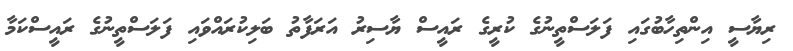
ރިޔާސީ އިންތިހާބުގައި ފަލަސްތީނުގެ ކުރީގެ ރައީސް ޔާސިރު އަރަފާތު ބަލިކުރައްވައި ފަލަސްތީނުގެ ރައީސްކަމާ